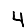
Digit: 4